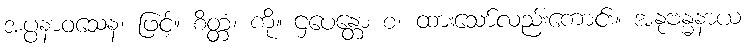
အပ္ပနာဝသေန၊ ဖြင့်။ စိတ္တံ၊ ကို။ ဌပေန္တော စ၊ ထားသော်လည်းကောင်း။ အနုဗန္ဓနာယ